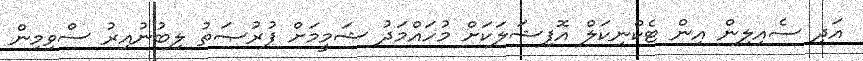
އަދި ސެއިލިން އިން ޓެކްނިކަލް އޮފިޝަލަކަށް މުހައްމަދު ޝަމީމަށް ފުރުޞަތު ލިބުނުއިރު ސްވިމިން